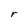
Character: r